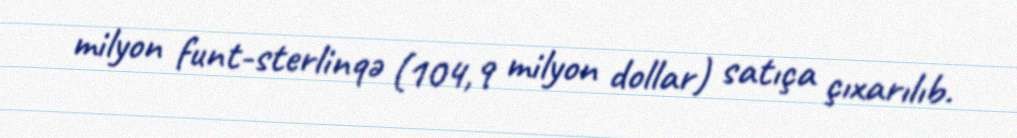
milyon funt-sterlinqə (104,9 milyon dollar) satıça çıxarılıb.